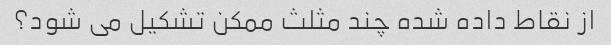
از نقاط داده شده چند مثلث ممکن تشکیل می شود؟